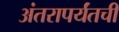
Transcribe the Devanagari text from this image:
अंतरापर्यंतची